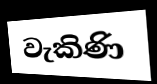
වැකිණි